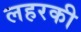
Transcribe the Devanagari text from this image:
लहरकी